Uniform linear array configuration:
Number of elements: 24
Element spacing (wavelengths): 0.25
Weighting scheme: hann
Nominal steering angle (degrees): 15
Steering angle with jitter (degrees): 16.28
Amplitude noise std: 0.05
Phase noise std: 0.05

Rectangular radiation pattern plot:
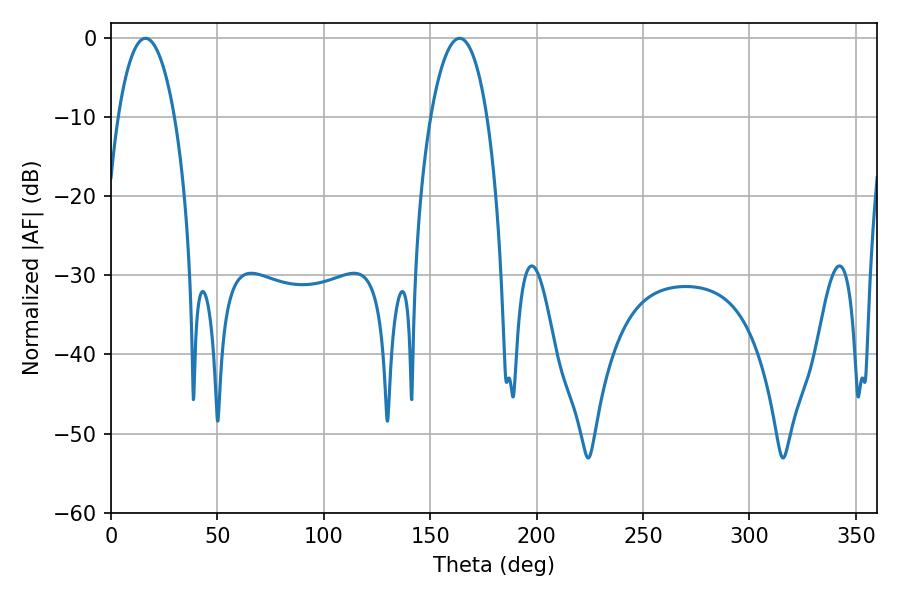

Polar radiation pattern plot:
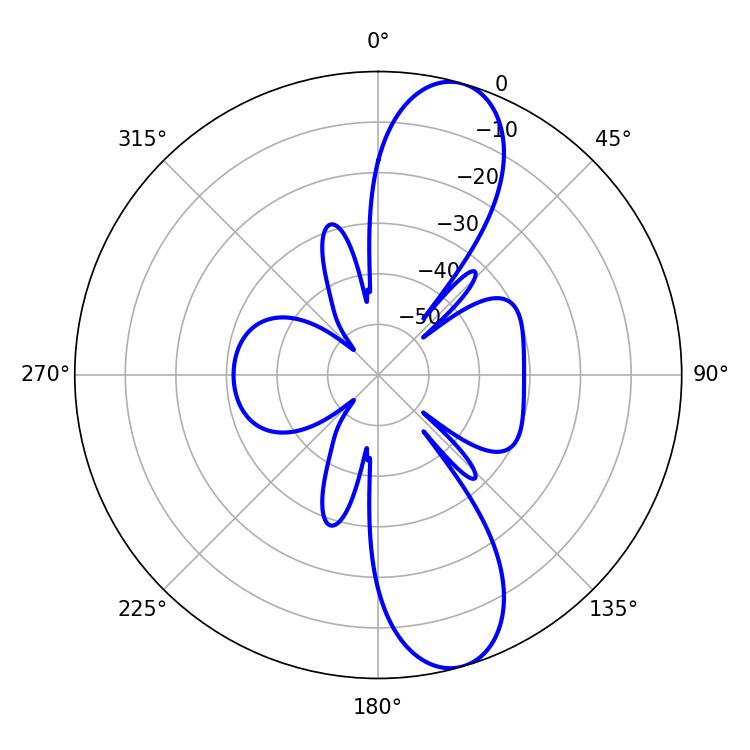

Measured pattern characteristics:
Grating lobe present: FALSE
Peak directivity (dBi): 11.118
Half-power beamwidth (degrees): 14.94
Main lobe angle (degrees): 16.2